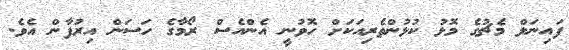
ފައިނަލް މެޗުގެ މޮޅު ކުޅުންތެރިއަކަށް ހޮވުނީ އެންއެސް ރޯމާގެ ހަސަން އިރުފާން އެވެ.